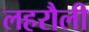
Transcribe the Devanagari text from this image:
लहरौली